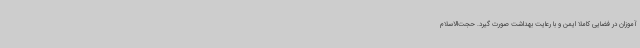
آموزان در فضایی کاملا ایمن و با رعایت بهداشت صورت گیرد. حجت‌الاسلام